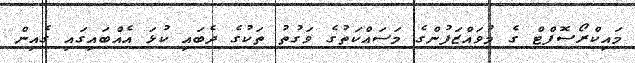
މައިކްރޯސޮފްޓް ގެ މުވައްޒަފުންގެ މަސައްކަތުގެ ވަގުތު ތަކުގެ ދެބައި ކުޅަ އެއްބައިގައި ގެއިން